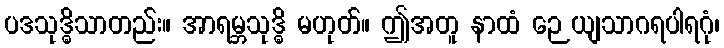
ပဒသုဒ္ဓိသာတည်း။ အာရမ္ဘသုဒ္ဓိ မဟုတ်။ ဤအတူ နာထံ ဉေယျသာဂရပါရဂုံ၊